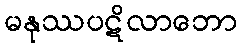
မနုဿပဋိလာဘော